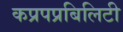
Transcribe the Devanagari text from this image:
कप्रपप्रबिलिटी